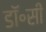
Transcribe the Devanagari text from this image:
डॉ॰सी